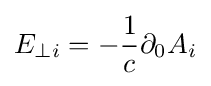
{E}_{\perp i}=-{\frac {1}{c}}\partial _{0}A_{i}